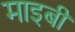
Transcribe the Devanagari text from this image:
माइबी